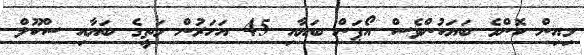
މިއިން ކޮންމެ ބަޔަކުންވެސް އޯޕަން ބަޔާއި 45 އަހަރުން މަތީގެ ބަޔާއި ސްކޫލް